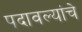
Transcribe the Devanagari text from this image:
पदावल्यांचे